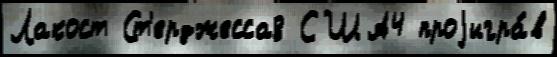
Лакост Ст'ерджесса8 США4 проjигра́в